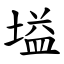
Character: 塧